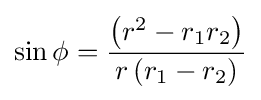
\sin \phi ={\frac {\left(r^{2}-r_{1}r_{2}\right)}{r\left(r_{1}-r_{2}\right)}}